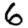
Digit: 6